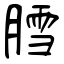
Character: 膤